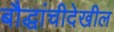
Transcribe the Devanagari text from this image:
बौद्धांचीदेखील